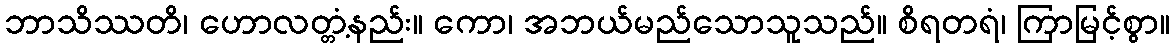
ဘာသိဿတိ၊ ဟောလတ္တံ့နည်း။ ကော၊ အဘယ်မည်သောသူသည်။ စိရတရံ၊ ကြာမြင့်စွာ။